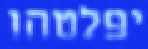
יפלטהו